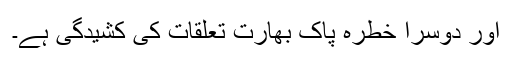
اور دوسرا خطرہ پاک بھارت تعلقات کی کشیدگی ہے۔